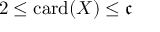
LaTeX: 2 \leq \mathrm { c a r d } ( X ) \leq { \mathfrak { c } }